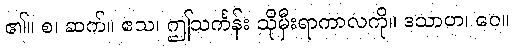
၏။ စ၊ ဆက်။ ဧသ၊ ဤသင်္ကန်း သိုမှီးရာကာလကို။ ဒသာဟ၊ ပေ။